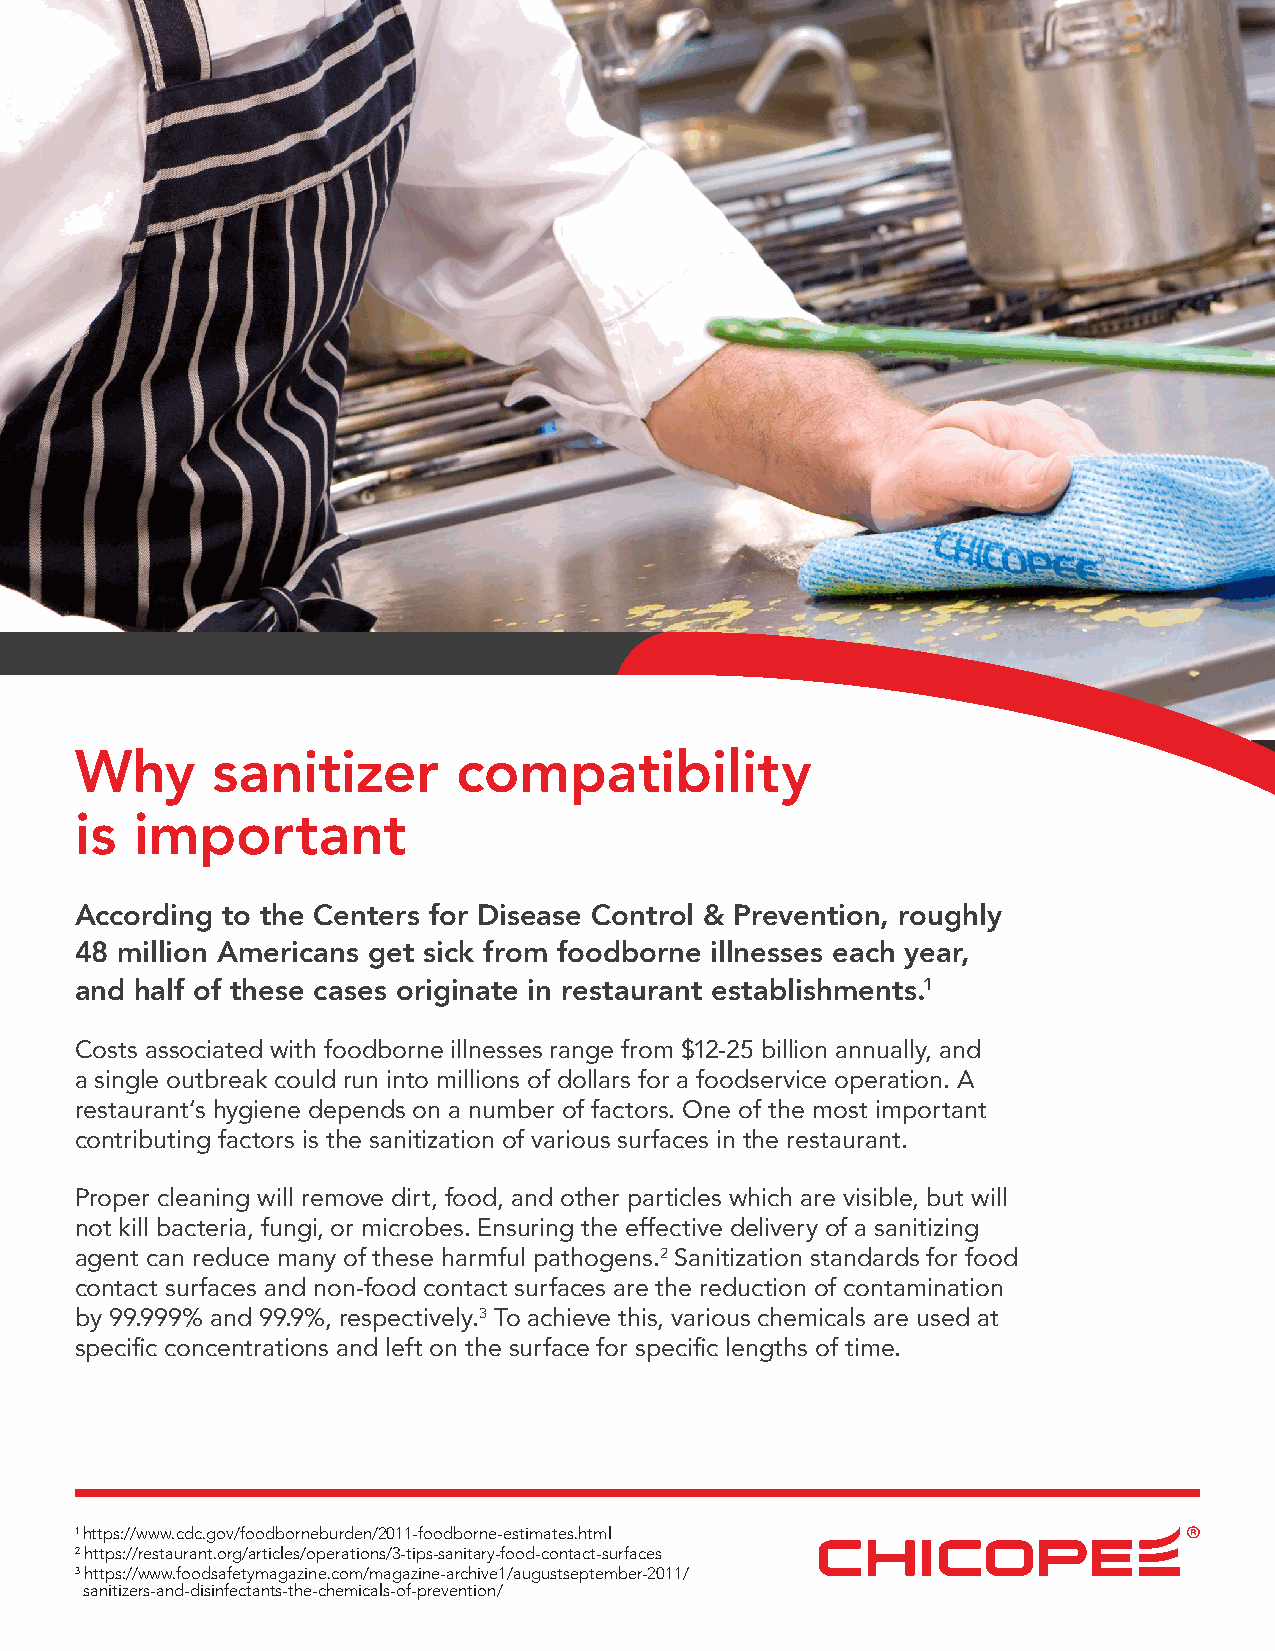
Why      sanitizer       compatibility
 is  important
 According to the Centers for Disease Control & Prevention, roughly
 48 million Americans get sick from foodborne illnesses each year,
 and half of these cases originate in restaurant establishments.1
 Costs associated with foodborne illnesses range from $12-25 billion annually, and
 a single outbreak could run into millions of dollars for a foodservice operation. A
 restaurant’s hygiene depends on a number of factors. One of the most important
 contributing factors is the sanitization of various surfaces in the restaurant.
 Proper cleaning will remove dirt, food, and other particles which are visible, but will
 not kill bacteria, fungi, or microbes. Ensuring the effective delivery of a sanitizing
 agent can reduce many of these harmful pathogens.2 Sanitization standards for food
 contact surfaces and non-food contact surfaces are the reduction of contamination
 by 99.999% and 99.9%, respectively.3 To achieve this, various chemicals are used at
 specific concentrations and left on the surface for specific lengths of time.
 1 https://www.cdc.gov/foodborneburden/2011-foodborne-estimates.html
 2 https://restaurant.org/articles/operations/3-tips-sanitary-food-contact-surfaces
 3 https://www.foodsafetymagazine.com/magazine-archive1/augustseptember-2011/
 sanitizers-and-disinfectants-the-chemicals-of-prevention/